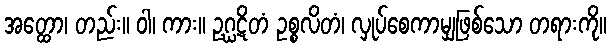
အတ္ထော၊ တည်း။ ဝါ၊ ကား။ ဥဂ္ဃဋိတံ ဥစ္စလိတံ၊ လှုပ်စေကာမျှဖြစ်သော တရားကို။